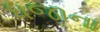
ધજાના